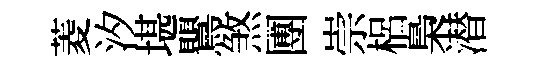
菱汐堪鸎煞圑崇梠梟潜